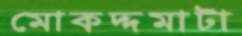
মোকদ্দমাটা